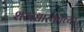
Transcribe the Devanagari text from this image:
शस्त्रधारकाच्या